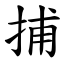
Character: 捕